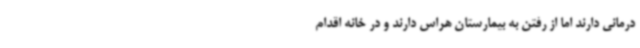
درمانی دارند اما از رفتن‌ به بیمارستان هراس دارند و در خانه اقدام